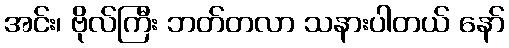
အင်း၊ ဗိုလ်ကြီး ဘတ်တလာ သနားပါတယ် နော်